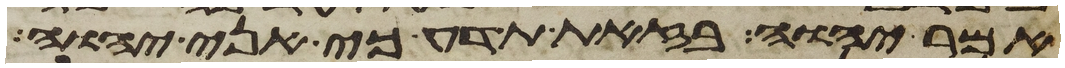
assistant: אמר יהוה בזאת תדע כי אני יהוה